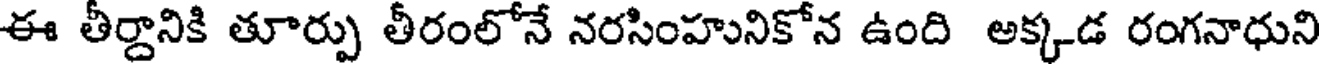
ఈ తీర్దానికి తూర్పు తీరంలోనే నరసింహునికోన ఉంది అక్కడ రంగనాధుని